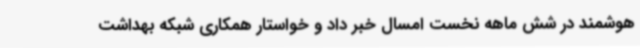
هوشمند در شش ماهه نخست امسال خبر داد و خواستار همکاری شبکه بهداشت